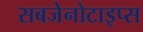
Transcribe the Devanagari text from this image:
सबजेनोटाइप्स